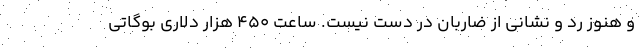
و هنوز رد و نشانی از ضاربان در دست نیست. ساعت 450 هزار دلاری بوگاتی